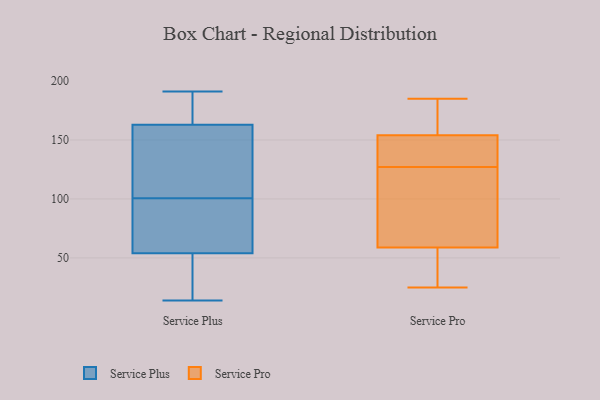
{"axis": {"x": "Website Visitors", "y": "Value"}, "legend": ["Service Plus", "Service Pro"], "data": [{"x": "", "y": 105, "type": "Service Plus"}, {"x": "", "y": 184, "type": "Service Plus"}, {"x": "", "y": 190, "type": "Service Plus"}, {"x": "", "y": 85, "type": "Service Plus"}, {"x": "", "y": 14, "type": "Service Plus"}, {"x": "", "y": 174, "type": "Service Plus"}, {"x": "", "y": 23, "type": "Service Plus"}, {"x": "", "y": 116, "type": "Service Plus"}, {"x": "", "y": 66, "type": "Service Plus"}, {"x": "", "y": 29, "type": "Service Plus"}, {"x": "", "y": 96, "type": "Service Plus"}, {"x": "", "y": 57, "type": "Service Plus"}, {"x": "", "y": 152, "type": "Service Plus"}, {"x": "", "y": 142, "type": "Service Plus"}, {"x": "", "y": 191, "type": "Service Plus"}, {"x": "", "y": 51, "type": "Service Plus"}, {"x": "", "y": 58, "type": "Service Pro"}, {"x": "", "y": 61, "type": "Service Pro"}, {"x": "", "y": 148, "type": "Service Pro"}, {"x": "", "y": 25, "type": "Service Pro"}, {"x": "", "y": 185, "type": "Service Pro"}, {"x": "", "y": 176, "type": "Service Pro"}, {"x": "", "y": 53, "type": "Service Pro"}, {"x": "", "y": 127, "type": "Service Pro"}, {"x": "", "y": 131, "type": "Service Pro"}, {"x": "", "y": 147, "type": "Service Pro"}, {"x": "", "y": 87, "type": "Service Pro"}, {"x": "", "y": 83, "type": "Service Pro"}, {"x": "", "y": 176, "type": "Service Pro"}, {"x": "", "y": 156, "type": "Service Pro"}, {"x": "", "y": 40, "type": "Service Pro"}]}